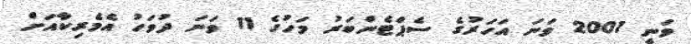
ވަނީ 2001 ވަނަ އަހަރުގެ ސެޕްޓެންބަރު މަހުގެ 11 ވަނަ ދުވަހު އެމެރިކާއަށް